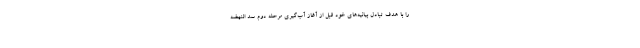
را با هدف تبادل بیانیه‌های خود قبل از آغاز آب‌گیری مرحله دوم سد النهضه